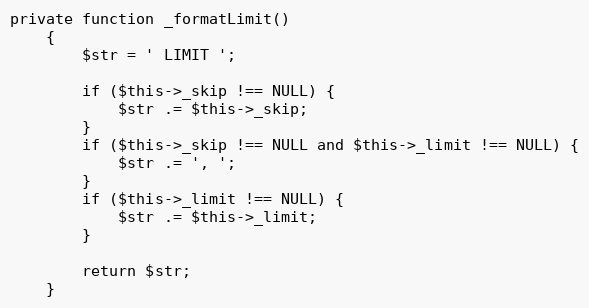
Language: PHP
private function _formatLimit()
    {
        $str = ' LIMIT ';

        if ($this->_skip !== NULL) {
            $str .= $this->_skip;
        }
        if ($this->_skip !== NULL and $this->_limit !== NULL) {
            $str .= ', ';
        }
        if ($this->_limit !== NULL) {
            $str .= $this->_limit;
        }

        return $str;
    }